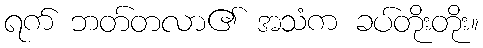
ရက် ဘတ်တလာ၏ အသံက ခပ်တိုးတိုး။